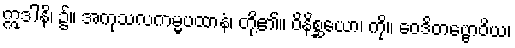
ဣဒါနိ၊ ၌။ အကုသလကမ္မပထာနံ၊ တို့၏။ ဝိနိစ္ဆယော၊ ကို။ ဝေဒိတဗ္ဗောဝိယ၊